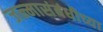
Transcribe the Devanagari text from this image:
जन्मासंबंधीच्या